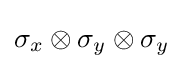
\sigma _{x}\otimes \sigma _{y}\otimes \sigma _{y}